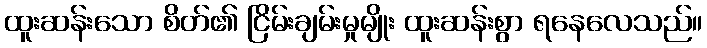
ထူးဆန်းသော စိတ်၏ ငြိမ်းချမ်းမှုမျိုး ထူးဆန်းစွာ ရနေလေသည်။